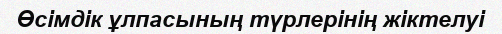
Өсімдік ұлпасының түрлерінің жіктелуі